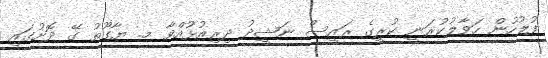
ފުލުހުން ހަވާލުކުރަނީ ކުރީގެ ރައީސް ނަޝީދު ދިރިއުޅުއްވާ މ. ޔާގޫތު ގޭ ދޮށުގައި